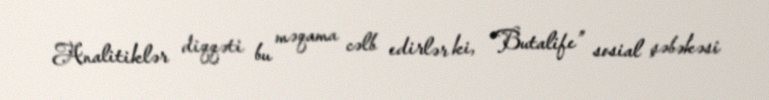
Analitiklər diqqəti bu məqama cəlb edirlər ki, “Butalife” sosial şəbəkəsi